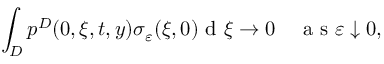
\int _ { D } p ^ { D } ( 0 , \xi , t , y ) \sigma _ { \varepsilon } ( \xi , 0 ) \textrm { d } \xi \to 0 \quad \textrm { a s } \varepsilon \downarrow 0 ,